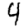
Digit: 4